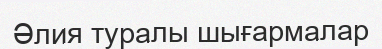
Әлия туралы шығармалар